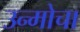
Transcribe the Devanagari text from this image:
उन्मोचा